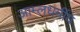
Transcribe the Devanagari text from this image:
आम्लधर्मीय